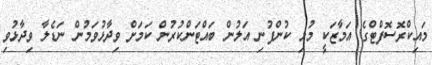
މައިކްރޮސޮފްޓްގެ އަމާޒަކީ މުޅި ކުންފުނި އަލުން ބައްޓަންކުރުން ކަމަށް ވިދާޅުވަމުން ނަޑެލާ ވިދާޅުވި